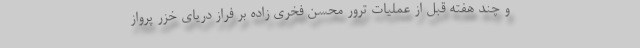
و چند هفته قبل از عملیات ترور محسن فخری زاده بر فراز دریای خزر پرواز